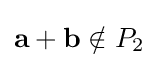
\mathbf {a} +\mathbf {b} \notin P_{2}